Indian journal of veterinary science and animal husbandry - Volumes 22-23, 1952-1953
Year: 1952
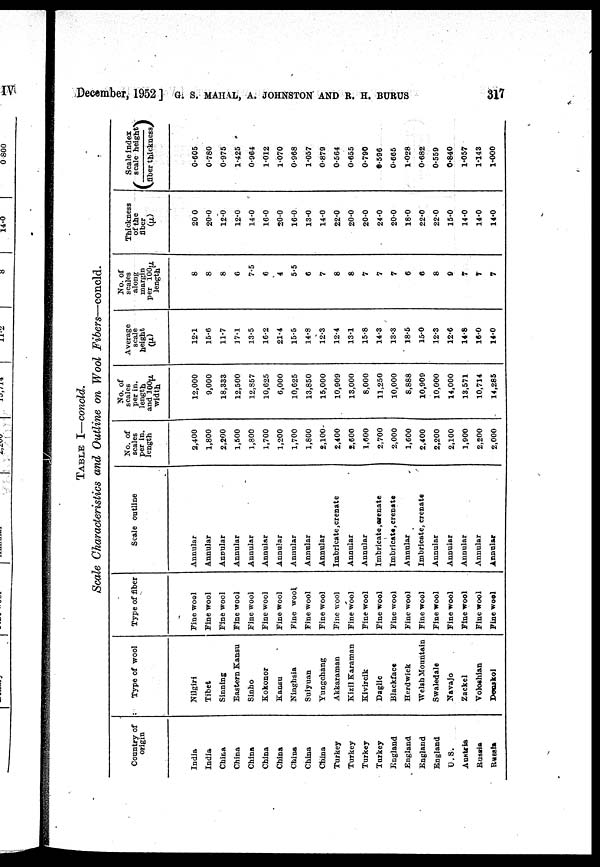
December, 1952 ] G. S. MAHAL, A. JOHNSTON AND R. H. BURUS
317
TABLE I—concld.
Scale Characteristics and Outline on Wool Fibers—concld.
Country of
origin
India
India
China
China
China
China
China
China
China
China
Turkey
Turkey
Turkey
Turkey
England
England
England
England
U. S.
Austria
Russia
Russia
Type of wool
Nilgiri
Tibet
Sinning
Eastern Kansu
Sinho
Kokonor
Kansu
Ninghsia
Suiyuan
Yungchang
Akkaraman
Kizil Karaman
Kivircik
Daglic
Blackface
Herdwick
Welsh Mountain
Swaledale
Navajo
Zackel
Voloshian
Donskoi
Type of fiber
Fine wool
Fine wool
Fine wool
Fine wool
Fine wool
Fine wool
Fine wool
Fine wool,
Fine wool
Fine wool
Fine wool
Fine wool
Fine wool
Fine wool
Fine wool
Fine wool
Fine wool
Fine wool
Fine wool
Fine wool
Fine wool
Fine wool
Scale outline
Annular
Annular
Annular
Annular
Annular
Annular
Annular
Annular
Annular
Annular
Imbricate, crenate
Annular
Annular
Imbricate, crenate
Imbricate, crenate
Annular
Imbricate, crenate
Annular
Annular
Annular
Annular
Annular
Ho. of
scales
per in.
length
2,400
1,800
2,200
1,500
1,800
1,700
1,200
1,700
1,800
2,100
2,400
2,600
1,600
2,700
2,000
1,600
2,400
2,200
2,100
1,900
2,200
2,000
No. of
scales
per in.
length
and 100µ
width
12,000
9,000
18,333
12,500
12,857
10,625
6,000
10,625
13,850
15,000
10,909
13,000
8,000
11,250
10,000
8,888
10,909
10,000
14,000
13,571
10,714
14,285
Average
scale
height
(µ)
12.1
15.6
11.7
17.1
13.5
16.2
21.4
15.5
14.8
12.3
12.4
13.1
15.8
14.3
13.3
18.5
15.0
12.3
12.6
14.8
16.0
14.0
No. of
scales
along
margin
per 100µ
length
8
8
8
6
7.5
6
4
5.5
6
7
8
8
7
7
7
6
6
8
9
7
7
7
Thickness
of the
fiber
(µ)
20 0
20.0
12.0
12.0
14.0
16.0
20.0
16.0
13.0
14.0
22.0
20.0
20.0
24.0
20.0
18.0
22.0
22.0
15.0
14.0
14.0
14.0
Scale index
(scale
height/
fiber thickness)
0.605
0.780
0.975
1.425
0.964
1.012
1.070
0.968
1.057
0.879
0.564
0.655
0.790
0.596
0.665
1.028
0.682
0.559
0.840
1.057
1.143
1.000